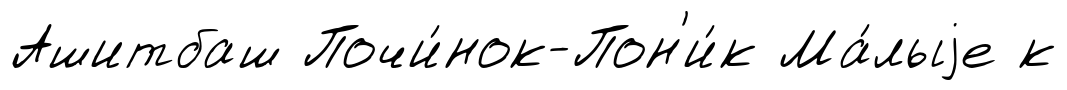
Ашитбаш Почи́нок-Пон'и́к Ма́лыjе к